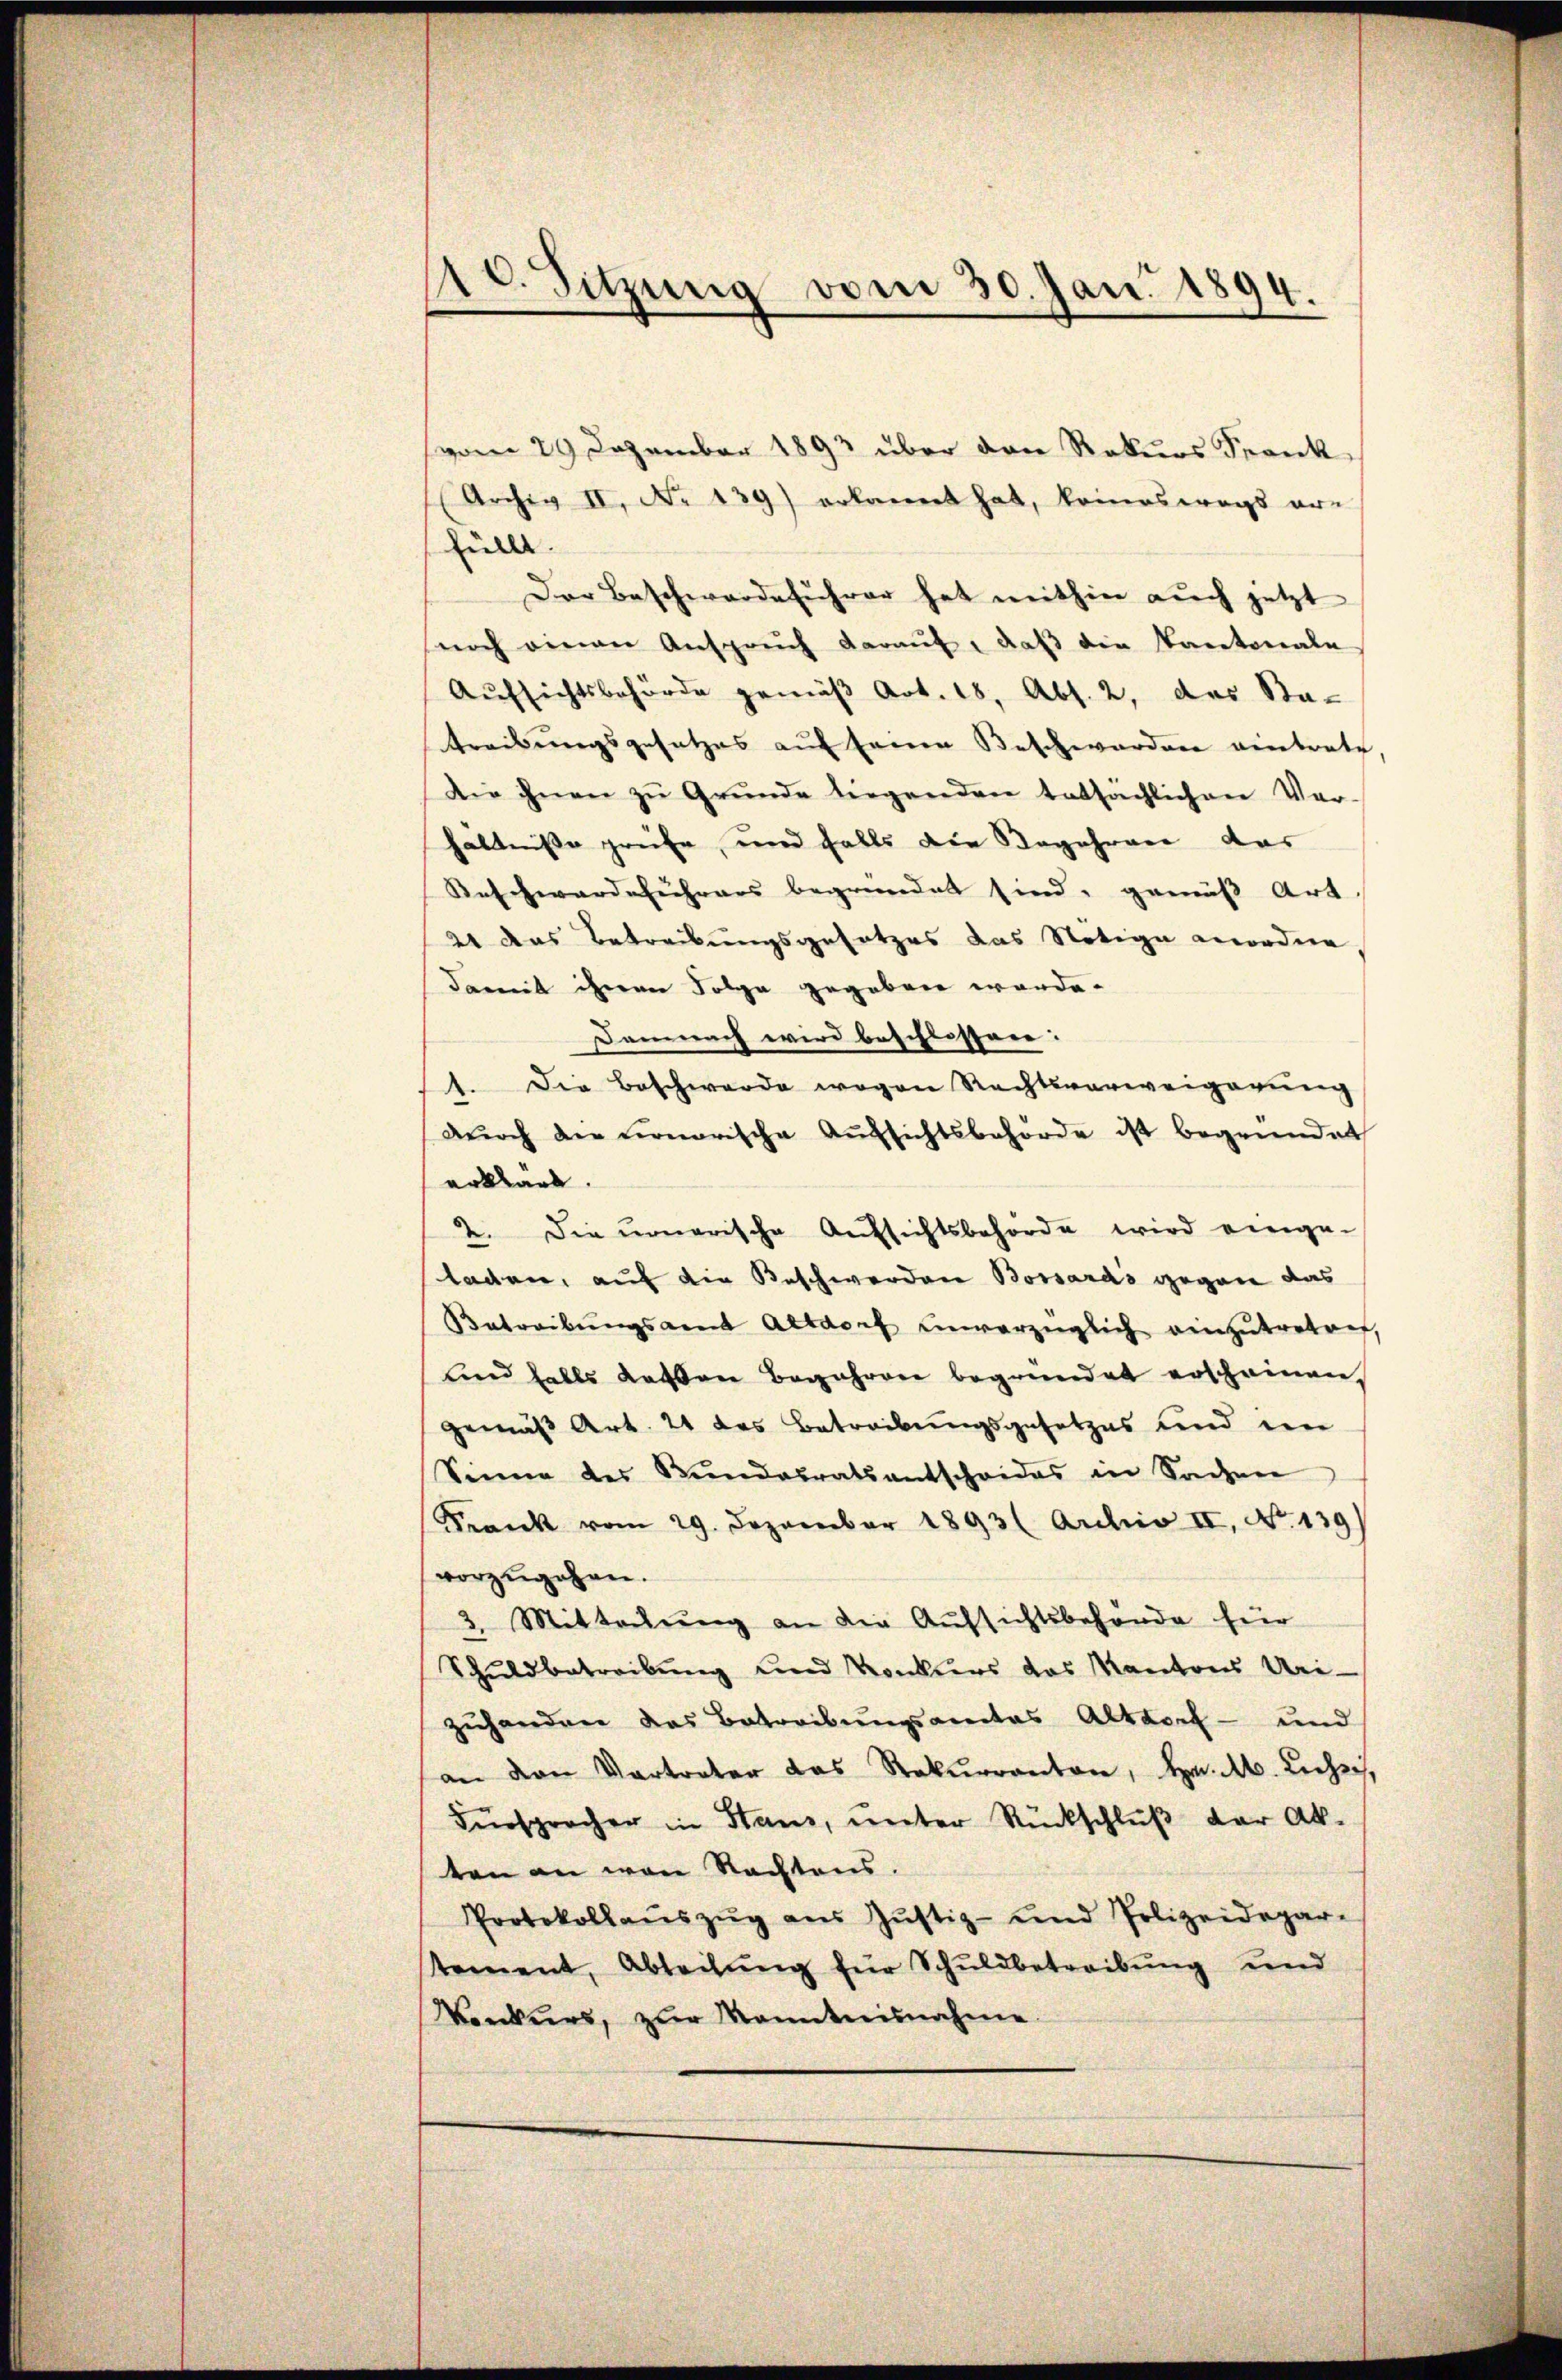
(vom 29. Dezember 1893 über den Rekurs Frank¬
(Archiv II, No 139) erkannt hat, komneswegs er-
füllt.
Der Beschwerdeführer hat mithin auch jetzt
noch einen Ansprŭch daraŭf, daß die Kantonale
Aufsichtsbehörde gemäß Art. 18, Abs. 2, das Sta-
treibungsgesetzes auf Ernen Beschwordern eintrate,
Die ihnen zu Grunde liegenden tatsächlichen Ver-
hältnisse prüfe, und falls die Begehren das
Beschwardelehrers begründet sind, gemäß Art
21 das Betreibungsgesetzes das Nötige anordne,
damit ihnen Folge gegeben werde.
Demnach wird beschlossen: |
1. Die Beschwerde wogen Rechtsverweigerung
dŭrch die nonorische Aŭfsichtsbehörde ist begründet
erklärt.
2. Die ummarische Aufsichtsbehörde wird einge-
laden, auf die Beschwerden Bossards gegen das
Betreibŭngsamt Altdorf unverzüglich einzŭtreten,
und falls dassen Begehren begründet erscheinen,
gemäß Art. 24 das Betreibungsgesetzes und den
Sinne des Bŭndesratsantscheides in Sachen
Krank vom 29. Dezember 1893 (Archiv II, No. 139)
vorzugehen.
3. Mitteilung an die Aufsichtsbehörde für
Schuldbetreibung und Konkurs das Kantons Uri-
zuhanden das Betreibungsamtes Altdorf- und
an den Vertreter das Rekurranton, Hr. Ab. Licher,
Fürspracher in Stand, unter Rückschlŭβ der Ak-
ten an von Nachtens.
Protokollaŭszŭg ans Jŭstiz- und Polizeidepar-
stement, Abteilung für Schuldbetreibung und
Vonkurs, zŭr Kenntnisnahme

10. Sitzung vom 30. Jan. 1894.